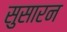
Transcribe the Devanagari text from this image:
सुसारन